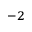
^ { - 2 }